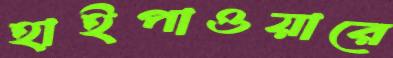
হাইপাওয়ারে